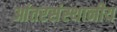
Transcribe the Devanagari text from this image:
आंतरसंस्थानीय